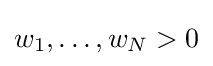
w_{1},\ldots ,w_{N}>0